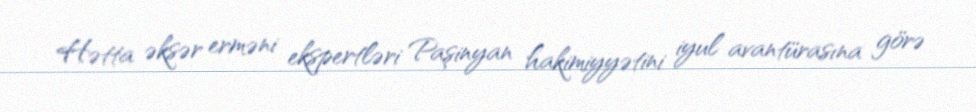
Hətta əksər erməni ekspertləri Paşinyan hakimiyyətini iyul avantürasına görə